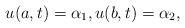
LaTeX: \begin{align*}u(a,t)=\alpha_{1},u(b,t)=\alpha_{2},\end{align*}